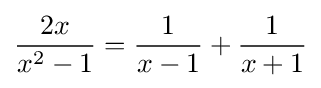
{\frac {2x}{x^{2}-1}}={\frac {1}{x-1}}+{\frac {1}{x+1}}